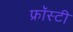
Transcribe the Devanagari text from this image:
फ्रॉस्टी